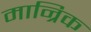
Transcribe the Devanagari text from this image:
मान्रिक